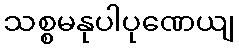
သစ္စမနုပါပုဏေယျ